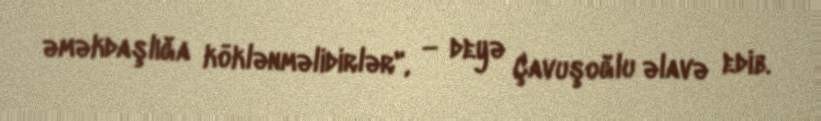
əməkdaşlığa köklənməlidirlər", — deyə Çavuşoğlu əlavə edib.